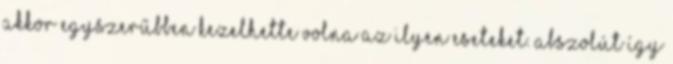
Akkor egyszerűbben kezelhette volna az ilyen eseteket. Abszolút így